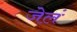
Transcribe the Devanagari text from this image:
जेलं